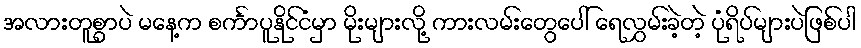
အလားတူစွာပဲ မနေ့က စင်္ကာပူနိုင်ငံမှာ မိုးများလို့ ကားလမ်းတွေပေါ် ရေလွှမ်းခဲ့တဲ့ ပုံရိပ်များပဲဖြစ်ပါ